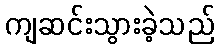
ကျဆင်းသွားခဲ့သည်